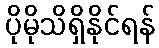
ပိုမိုသိရှိနိုင်ရန်